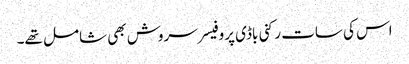
اس کی سات رکنی باڈی پروفیسر سروش بھی شامل تھے۔